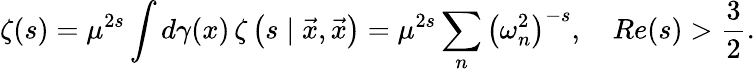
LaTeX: \zeta(s)=\mu^{2s}\int d\gamma(x)\, \zeta\left(s\mid\vec{x},\vec{x}\right)=\mu^{2s}\sum_{n}\left(\omega_{n}^{2}\right)^{-s},\quad Re(s)>\frac{3}{2}.